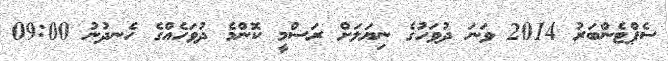
ސެޕްޓެންބަރު 2014 ވަނަ ދުވަހުގެ ނިޔަލަށް ރަސްމީ ކޮންމެ ދުވަހެއްގެ ހެނދުނު 09:00